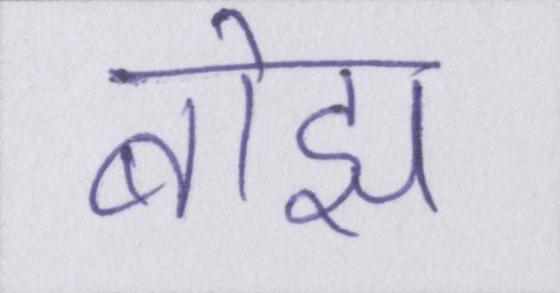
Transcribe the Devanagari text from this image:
बोझ